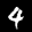
Label: 4